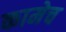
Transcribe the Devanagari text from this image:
कामेच